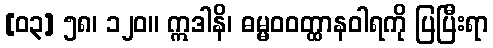
[၀၃] ၅၈၊ ၁၂၀။ ဣဒါနိ၊ ဓမ္မဝဝတ္ထာနဝါရကို ပြပြီးရာ